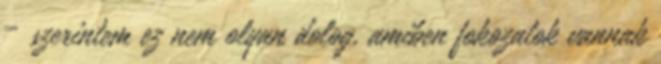
– szerintem ez nem olyan dolog, amiben fokozatok vannak